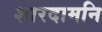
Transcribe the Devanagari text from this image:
शारदामनि